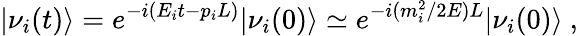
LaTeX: |\nu_{i}(t)\rangle=e^{-i(E_{i}t-p_{i}L)}|\nu_{i}(0)\rangle\simeq e^{-i(m_{i}^{2}/2E)L}|\nu_{i}(0)\rangle~,